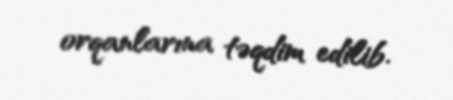
orqanlarına təqdim edilib.